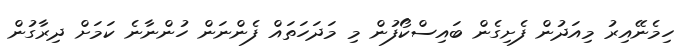
ހިމެނޭއިރު މިއަދުން ފެށިގެން ބައިސްކޯފުން މި މަދަހަތައް ފެންނަން ހުންނާނެ ކަމަށް ދިރާގުން